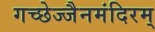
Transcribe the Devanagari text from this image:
गच्छेज्जैनमंदिरम्‌